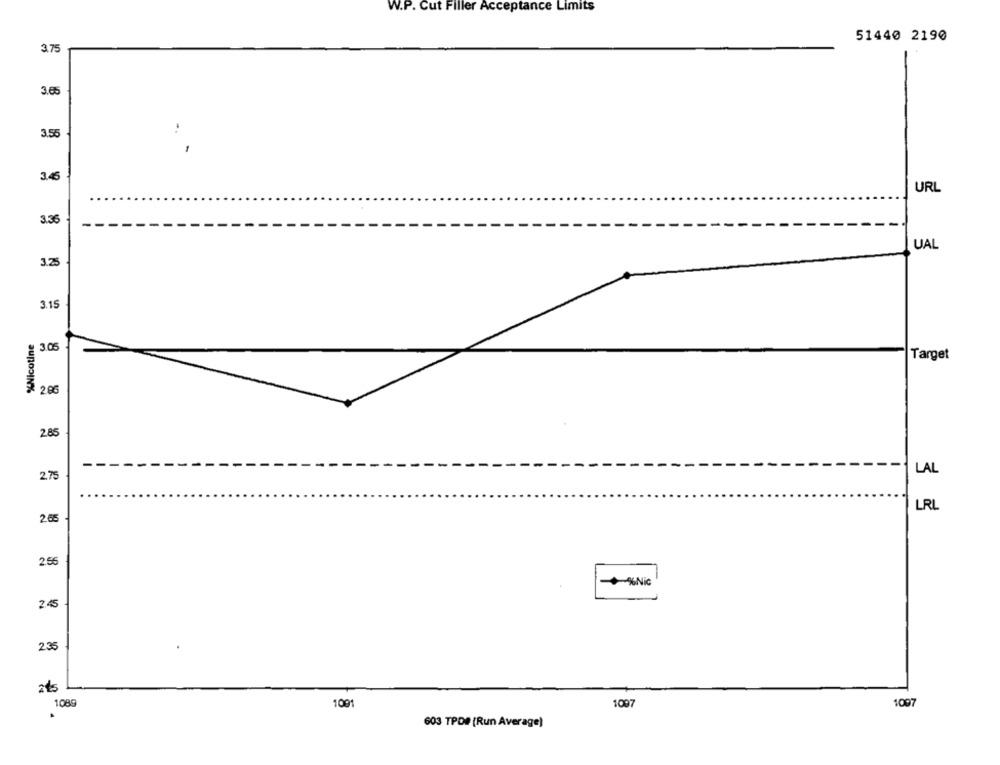
W.P. Cut Filler Acceptance Limits
51440 2190
3.75
3.65
3.5€
:
3.6
URL
3.36
UAL
3.2
3.15
%Nicotine
3.05
Target
2.86
2.85
LAL
2.75
LRL
26
2.56
+%Nic
2.45
2.35
108
1091
1097
1097
603 TPD# (Run Average)